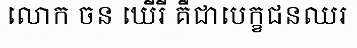
លោក ចន ឃើរី គឺជាបេក្ខជនឈរ